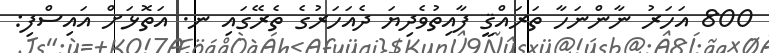
800 އަހަރު ނާންނަހާ ތަރައްޤީ ފާއިތުވެދިޔަ ދެއަހަރުގެ ތެރޭގައި ނ. އަތޮޅަށް އައިސްފި: